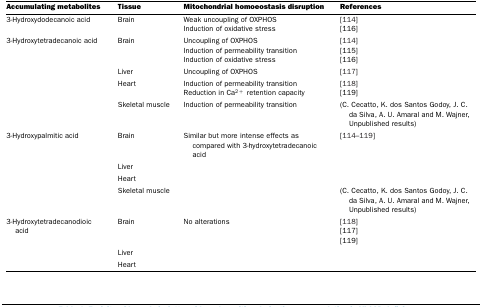
<table><thead><tr><td><b>Accumulating metabolites</b></td><td><b>Tissue</b></td><td><b>Mitochondrial homoeostasis disruption</b></td><td><b>References</b></td></tr></thead><tbody><tr><td>3-Hydroxydodecanoic acid</td><td>Brain</td><td>Weak uncoupling of OXPHOSInduction of oxidative stress</td><td>[114][116]</td></tr><tr><td>3-Hydroxytetradecanoic acid</td><td>Brain</td><td>Uncoupling of OXPHOSInduction of permeability transitionInduction of oxidative stress</td><td>[114][115][116]</td></tr><tr><td></td><td>Liver</td><td>Uncoupling of OXPHOS</td><td>[117]</td></tr><tr><td></td><td>Heart</td><td>Induction of permeability transitionReduction in Ca<sup>2+</sup> retention capacity</td><td>[118][119]</td></tr><tr><td></td><td>Skeletal muscle</td><td>Induction of permeability transition</td><td>(C. Cecatto, K. dos Santos Godoy, J. C. da Silva, A. U. Amaral and M. Wajner, Unpublished results)</td></tr><tr><td>3-Hydroxypalmitic acid</td><td>Brain</td><td>Similar but more intense effects as compared with 3-hydroxytetradecanoic acid</td><td>[114–119]</td></tr><tr><td></td><td>Liver</td><td></td><td></td></tr><tr><td></td><td>Heart</td><td></td><td></td></tr><tr><td></td><td>Skeletal muscle</td><td></td><td>(C. Cecatto, K. dos Santos Godoy, J. C. da Silva, A. U. Amaral and M. Wajner, Unpublished results)</td></tr><tr><td>3-Hydroxytetradecanodioic acid</td><td>Brain</td><td>No alterations</td><td>[118][117][119]</td></tr><tr><td></td><td>Liver</td><td></td><td></td></tr><tr><td></td><td>Heart</td><td></td><td></td></tr></tbody></table>